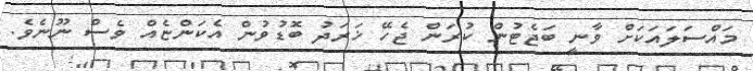
މައްސަލައަކަށް ވާނީ ބަޖެޓުން ކުރަން ޖެހޭ ޚަރަދު ބޮޑުވުން އެކަންޏެއް ވެސް ނޫނެވެ.